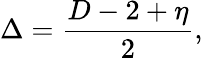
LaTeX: \Delta={\frac{D-2+\eta}{2}},